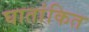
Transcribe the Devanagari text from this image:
घातांकित